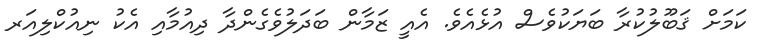
ކަމަށް ޤަބޫލުކުރާ ބަޔަކުވެސް އުޅެއެވެ. އެއީ ޒަމާން ބަދަލުވެގެންދާ ދިއުމާއި އެކު ނިއުކްލިއަރ